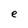
Character: e